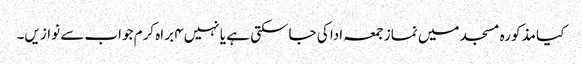
کیا مذکورہ مسجد میں نماز جمعہ ادا کی جاسکتی ہے یا نہیں۴ براہ کرم جواب سے نوازیں۔